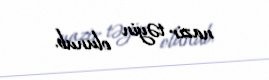
nazir təyin olunub.